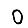
Digit: 0